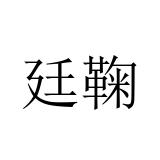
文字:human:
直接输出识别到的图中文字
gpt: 廷鞠